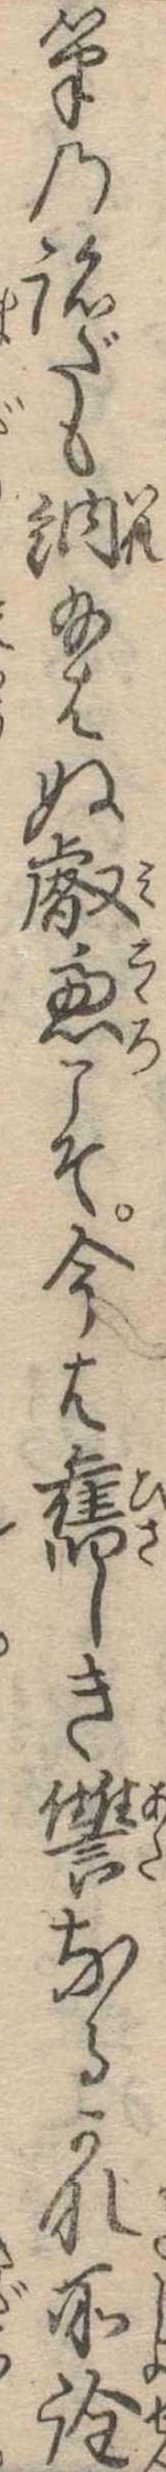
筆の跡だも納給はぬ叡慮こそ今は旧しき讐なるかな所詮